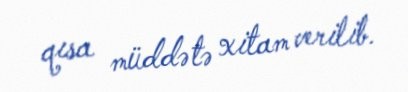
qısa müddətə xitam verilib.